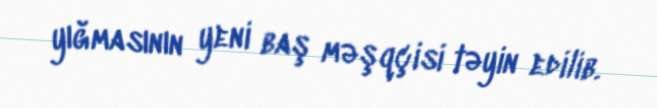
yığmasının yeni baş məşqçisi təyin edilib.